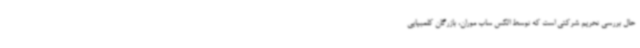
حال بررسی تحریم شرکتی است که توسط الکس ساب موران، بازرگان کلمبیایی